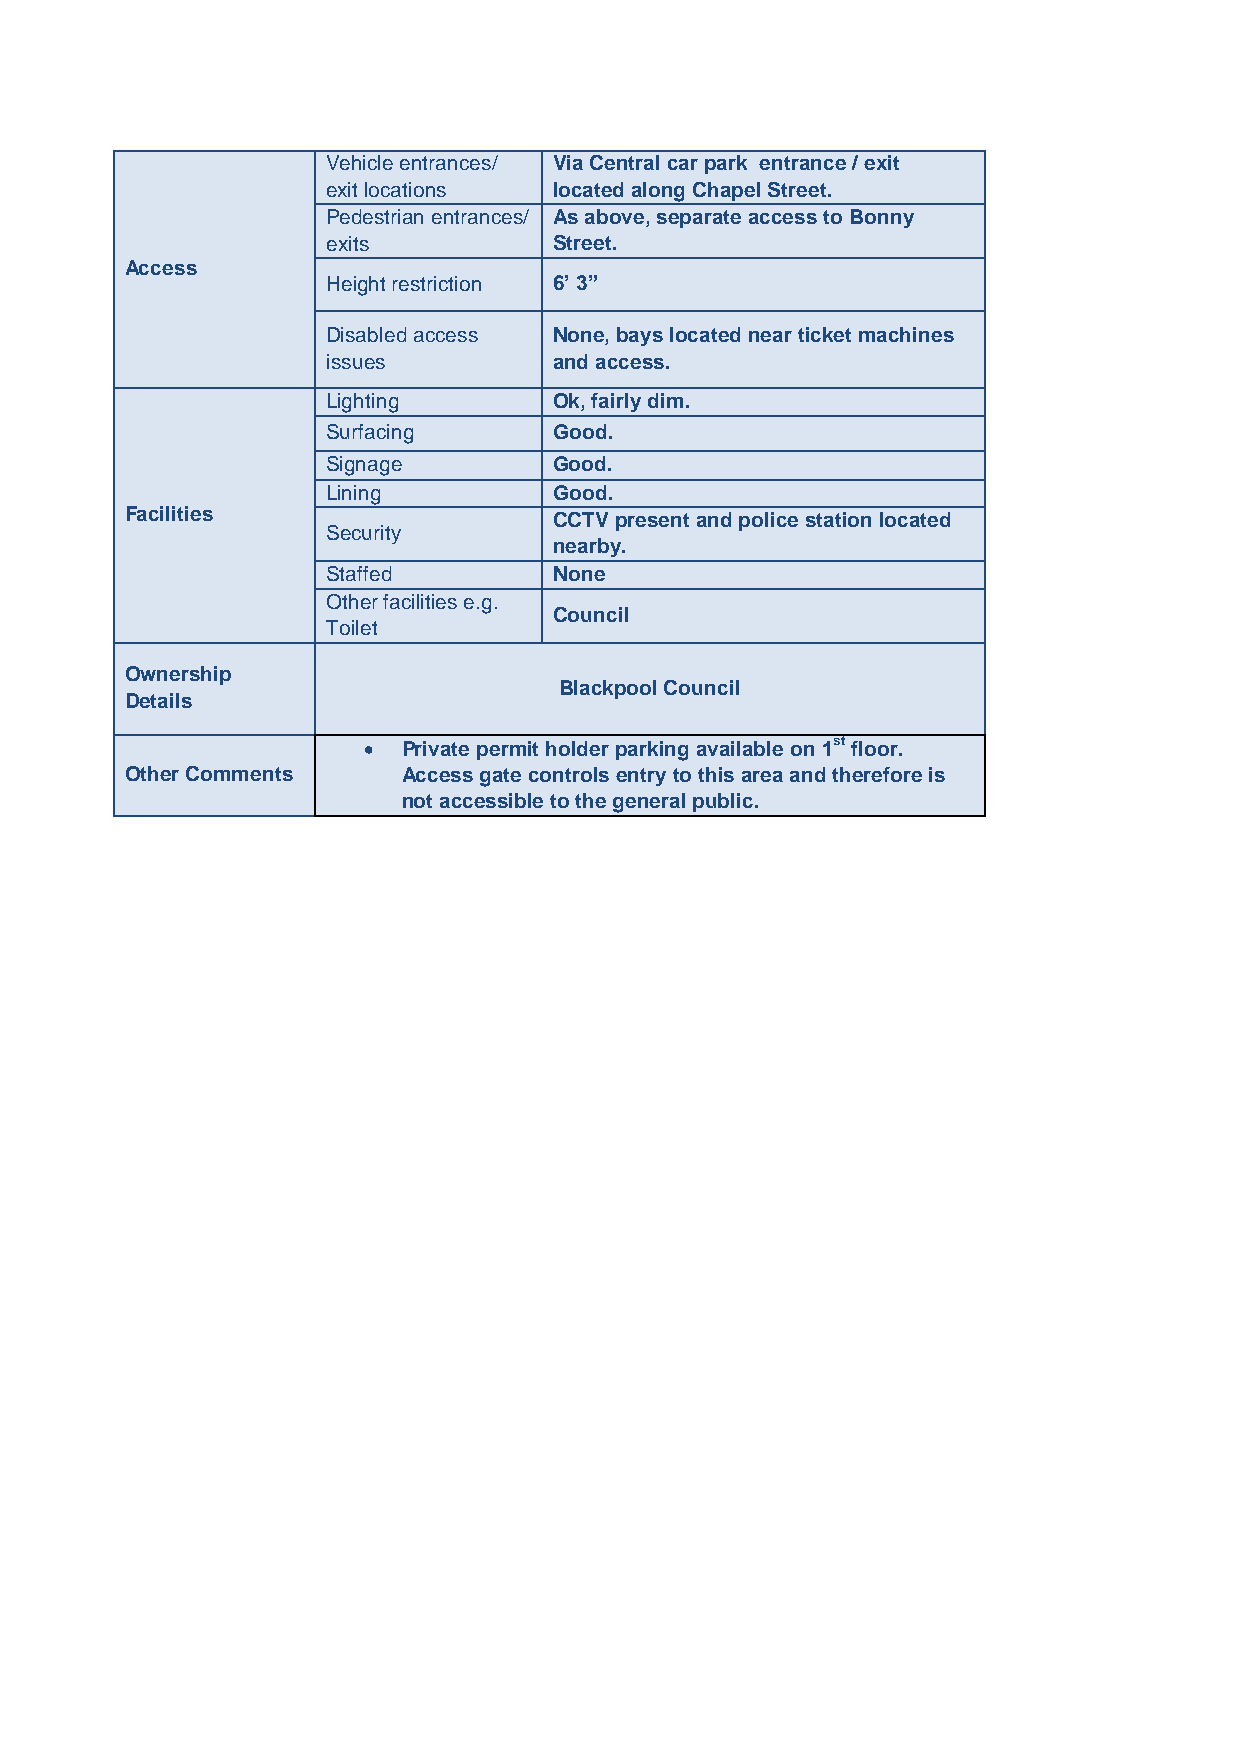
Vehicle entrances/ Via Central car park entrance / exit
 exit locations located along Chapel Street.
 Pedestrian entrances/ As above, separate access to Bonny
 exits          Street.
 Access
 Height restriction 6’ 3”
 Disabled access None, bays located near ticket machines
 issues         and access.
 Lighting       Ok, fairly dim.
 Surfacing      Good.
 Signage        Good.
 Lining         Good.
 Facilities                   CCTV present and police station located
 Security
 nearby.
 Staffed        None
 Other facilities e.g.
 Council
 Toilet
 Ownership
 Blackpool Council
 Details
   Private permit holder parking available on 1st floor.
 Other Comments     Access gate controls entry to this area and therefore is
 not accessible to the general public.